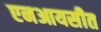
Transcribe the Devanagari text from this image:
एनआयसीत